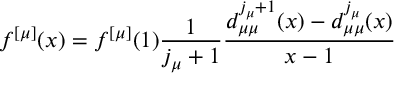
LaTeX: f ^ { [ \mu ] } ( x ) = f ^ { [ \mu ] } ( 1 ) \frac { 1 } { j _ { \mu } + 1 } \frac { d _ { \mu \mu } ^ { j _ { \mu } + 1 } ( x ) - d _ { \mu \mu } ^ { j _ { \mu } } ( x ) } { x - 1 }